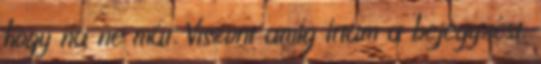
hogy na ne már. Viszont amíg írtam a bejegyzést,